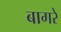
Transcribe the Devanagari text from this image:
बागरे